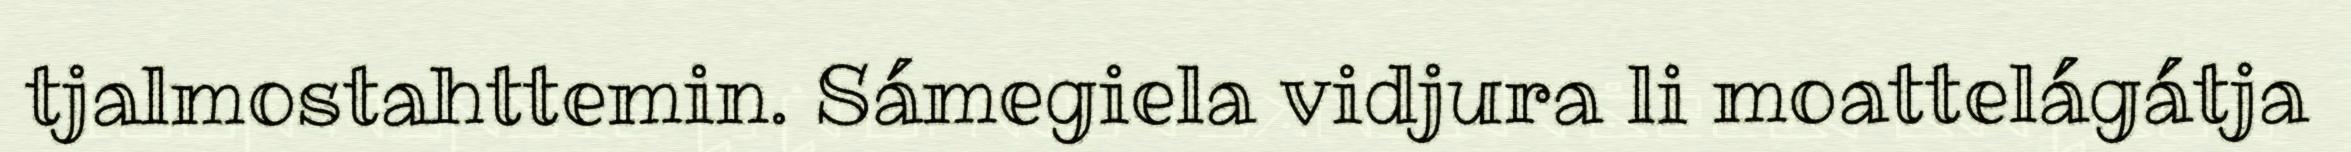
tjalmostahttemin. Sámegiela vidjura li moattelágátja